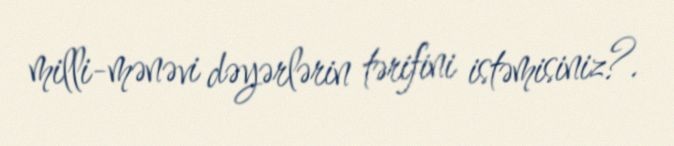
milli-mənəvi dəyərlərin tərifini istəmisiniz?.